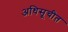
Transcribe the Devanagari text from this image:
अधिसूचीत